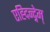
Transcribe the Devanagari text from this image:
एह्दिन्द्नेम्